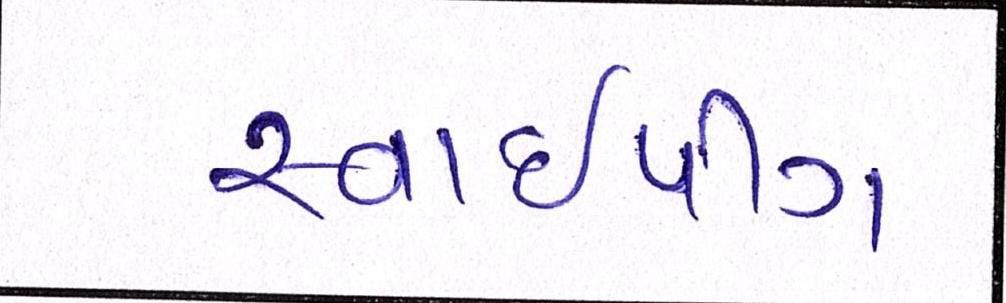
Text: સ્વાઈપીંગ